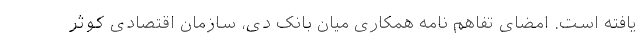
یافته است. امضای تفاهم نامه همکاری میان بانک دی، سازمان اقتصادی کوثر